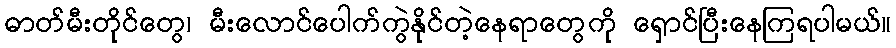
ဓာတ်မီးတိုင်တွေ၊ မီးလောင်ပေါက်ကွဲနိုင်တဲ့နေရာတွေကို ရှောင်ပြီးနေကြရပါမယ်။